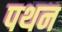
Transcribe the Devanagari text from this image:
पथन